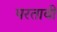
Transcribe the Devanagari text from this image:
परतावी